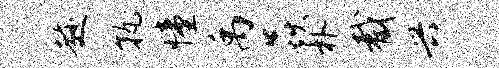
趁孰憧禹焱朴截兴